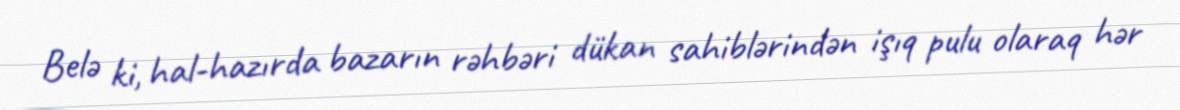
Belə ki, hal-hazırda bazarın rəhbəri dükan sahiblərindən işıq pulu olaraq hər